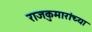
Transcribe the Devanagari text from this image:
राजकुमारांच्या